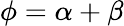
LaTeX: \phi=\alpha+\beta